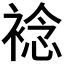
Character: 𧛋